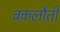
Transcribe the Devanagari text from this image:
बकलौती